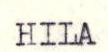
HILA